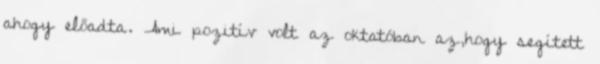
ahogy előadta. Ami pozitív volt az oktatóban az,hogy segített